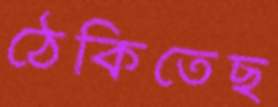
ঠেকিতেছ